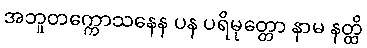
အဘူတက္ကောသနေန ပန ပရိမုတ္တော နာမ နတ္ထိ